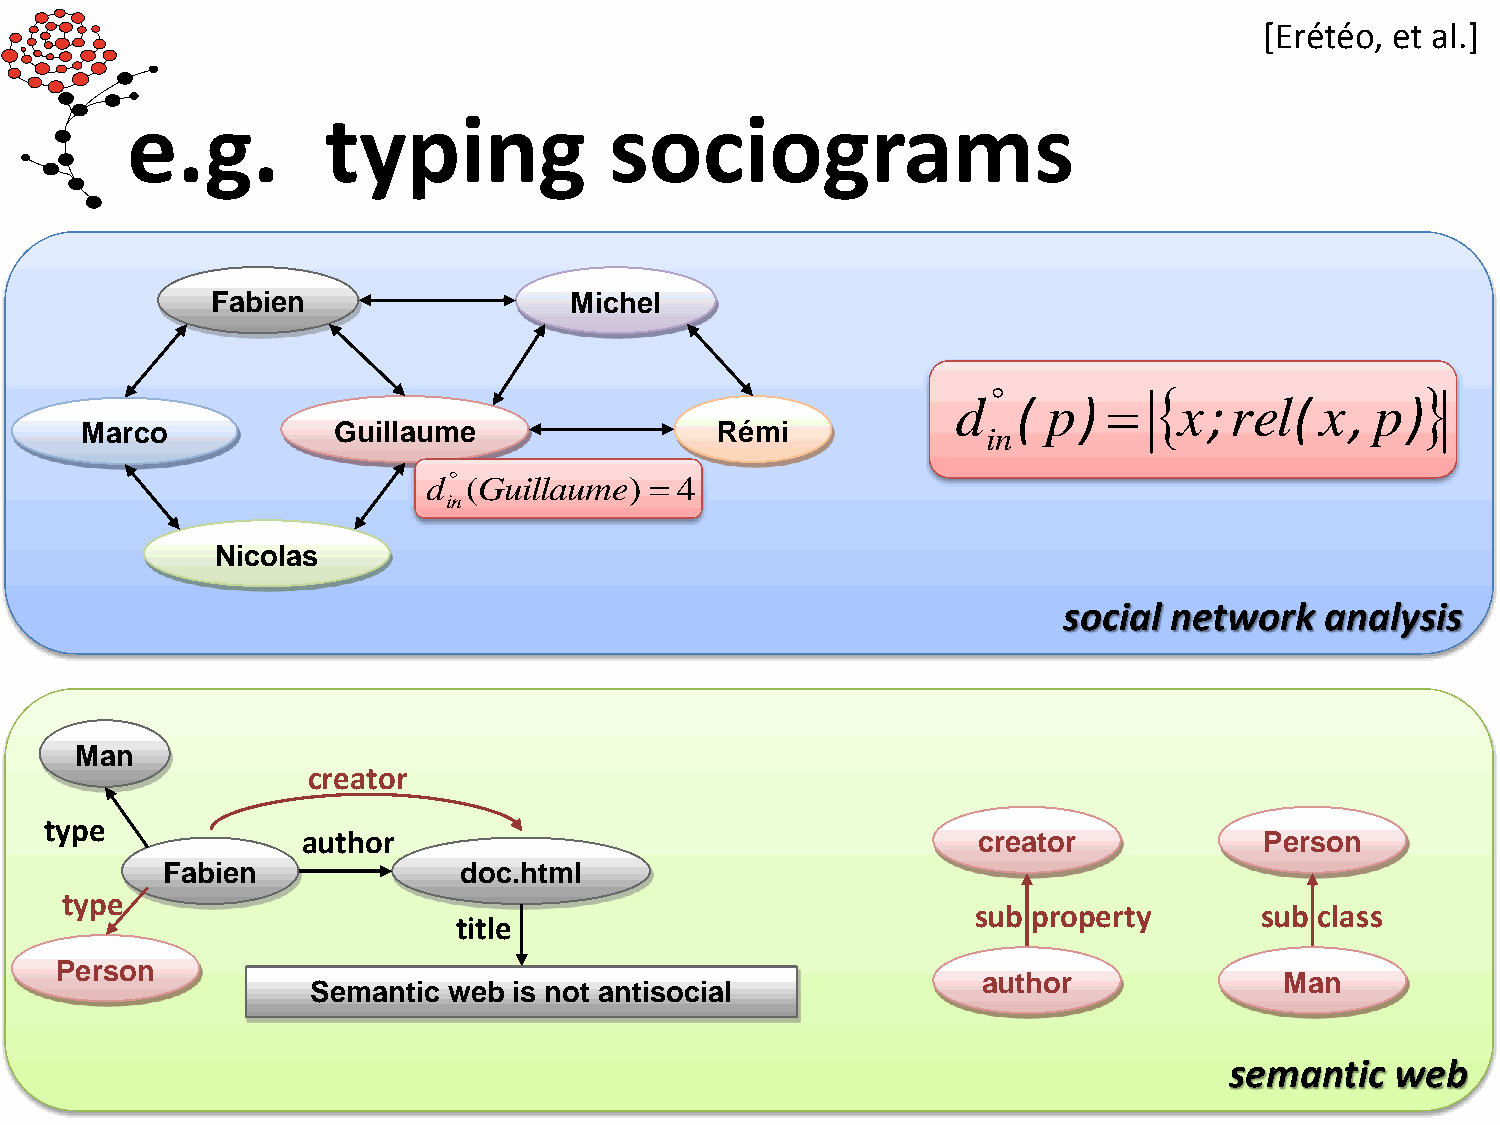
[Erétéo, et al.]
 e.g.         typing             sociograms
 Fabien                  Michel
 Marco            Guillaume                Rémi
 Nicolas
 social network    analysis
 Man
 creator
 type
 author                                       creator            Person
 Fabien             doc.html
 type
 sub property      sub class
 title
 Person
 author              Man
 Semantic web is not antisocial
 semantic   web
 d in ( G u i l l a u m e )  4
 d
 
 i n
 ( p ) 
 
 x ; r e l ( x , p )
 